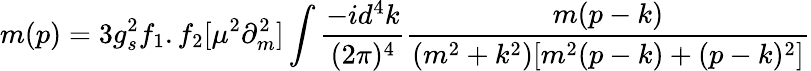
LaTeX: m(p)=3g_{s}^{2}f_{1}.f_{2}[\mu^{2}\partial_{m}^{2}]\int\frac{-id^{4}k}{(2\pi)^{4}}\frac{m(p-k)}{(m^{2}+k^{2})[m^{2}(p-k)+(p-k)^{2}]}